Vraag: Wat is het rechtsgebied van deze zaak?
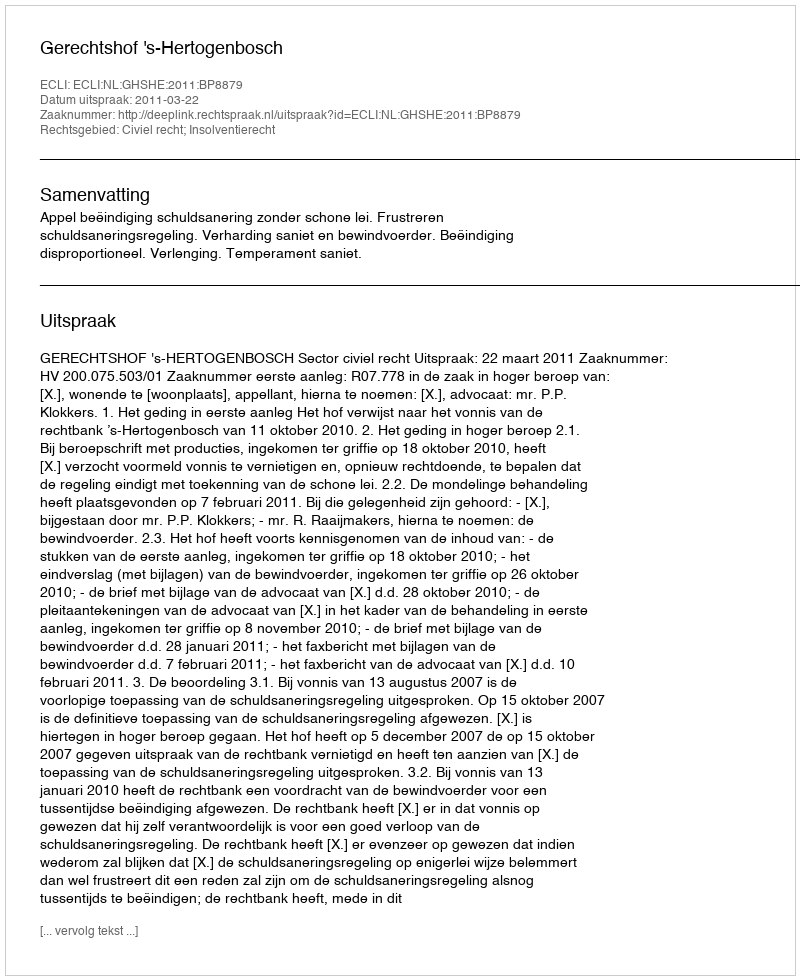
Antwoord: Civiel recht; Insolventierecht